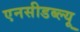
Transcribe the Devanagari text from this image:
एनसीडब्ल्यू